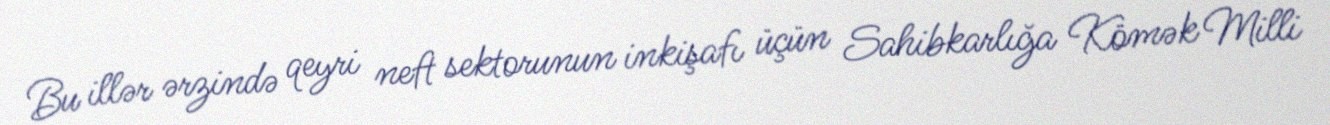
Bu illər ərzində qeyri neft sektorunun inkişafı üçün Sahibkarlığa Kömək Milli